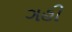
ગહી